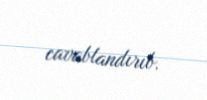
cavablandırıb.